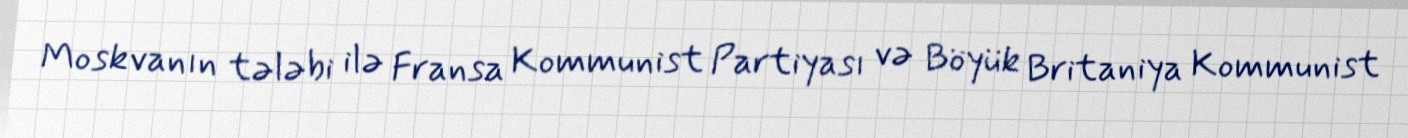
Moskvanın tələbi ilə Fransa Kommunist Partiyası və Böyük Britaniya Kommunist